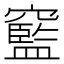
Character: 䆾